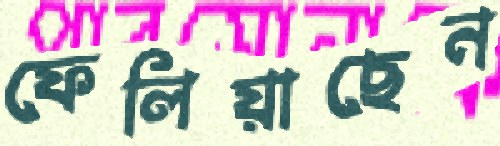
ফেলিয়াছেন